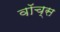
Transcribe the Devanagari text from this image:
वॉच्स